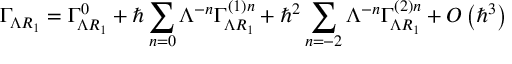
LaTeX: \Gamma _ { \Lambda R _ { 1 } } = \Gamma _ { \Lambda R _ { 1 } } ^ { 0 } + \hbar \sum _ { n = 0 } \Lambda ^ { - n } \Gamma _ { \Lambda R _ { 1 } } ^ { \left( 1 \right) n } + \hbar ^ { 2 } \sum _ { n = - 2 } \Lambda ^ { - n } \Gamma _ { \Lambda R _ { 1 } } ^ { \left( 2 \right) n } + O \left( \hbar ^ { 3 } \right)